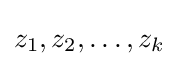
z_{1},z_{2},\ldots ,z_{k}